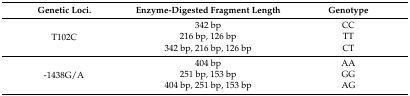
<table><thead><tr><td><b>Genetic Loci.</b></td><td><b>Enzyme-Digested Fragment Length</b></td><td><b>Genotype</b></td></tr></thead><tbody><tr><td rowspan="3">T102C</td><td>342 bp</td><td>CC</td></tr><tr><td>216 bp, 126 bp</td><td>TT</td></tr><tr><td>342 bp, 216 bp, 126 bp</td><td>CT</td></tr><tr><td rowspan="3">-1438G/A</td><td>404 bp</td><td>AA</td></tr><tr><td>251 bp, 153 bp</td><td>GG</td></tr><tr><td>404 bp, 251 bp, 153 bp</td><td>AG</td></tr></tbody></table>